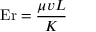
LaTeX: \mathrm { E r } = { \frac { \mu v L } { K } }